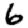
Digit: 6